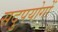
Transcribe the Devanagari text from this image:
सदुपयोगों